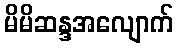
မိမိဆန္ဒအလျောက်